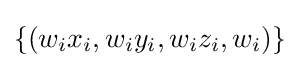
\{(w_{i}x_{i},w_{i}y_{i},w_{i}z_{i},w_{i})\}